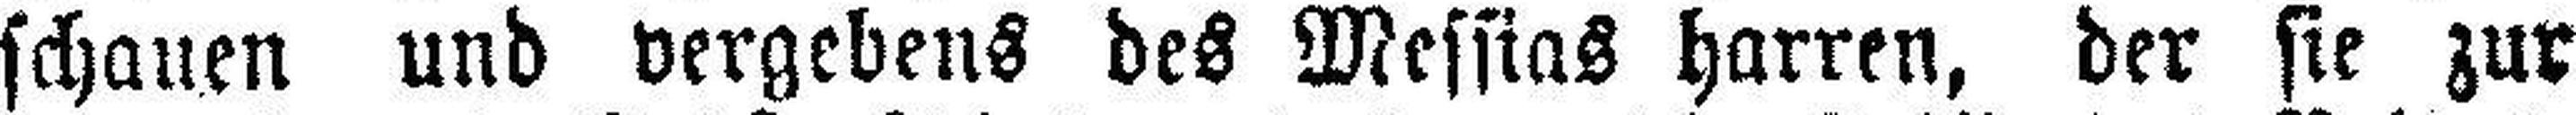
schauen und vergebens des Messias harren, der sie zur